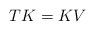
LaTeX: \begin{align*}TK=KV\end{align*}